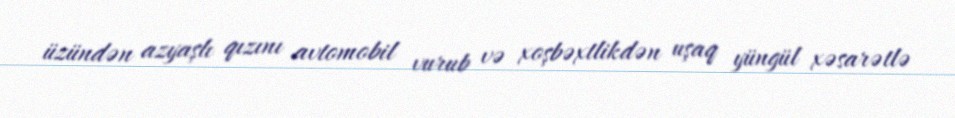
üzündən azyaşlı qızını avtomobil vurub və xoşbəxtlikdən uşaq yüngül xəsarətlə